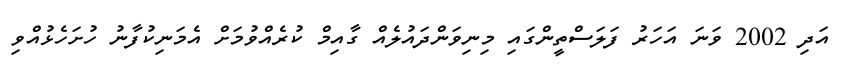
އަދި 2002 ވަނަ އަހަރު ފަލަސްތީންގައި މިނިވަންދައުލެއްް ގާއިމް ކުރެއްވުމަށް އެމަނިކުފާނު ހުށަހެޅުއްވި